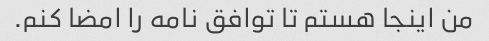
من اینجا هستم تا توافق نامه را امضا کنم.